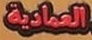
العمادیة